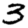
Digit: 3